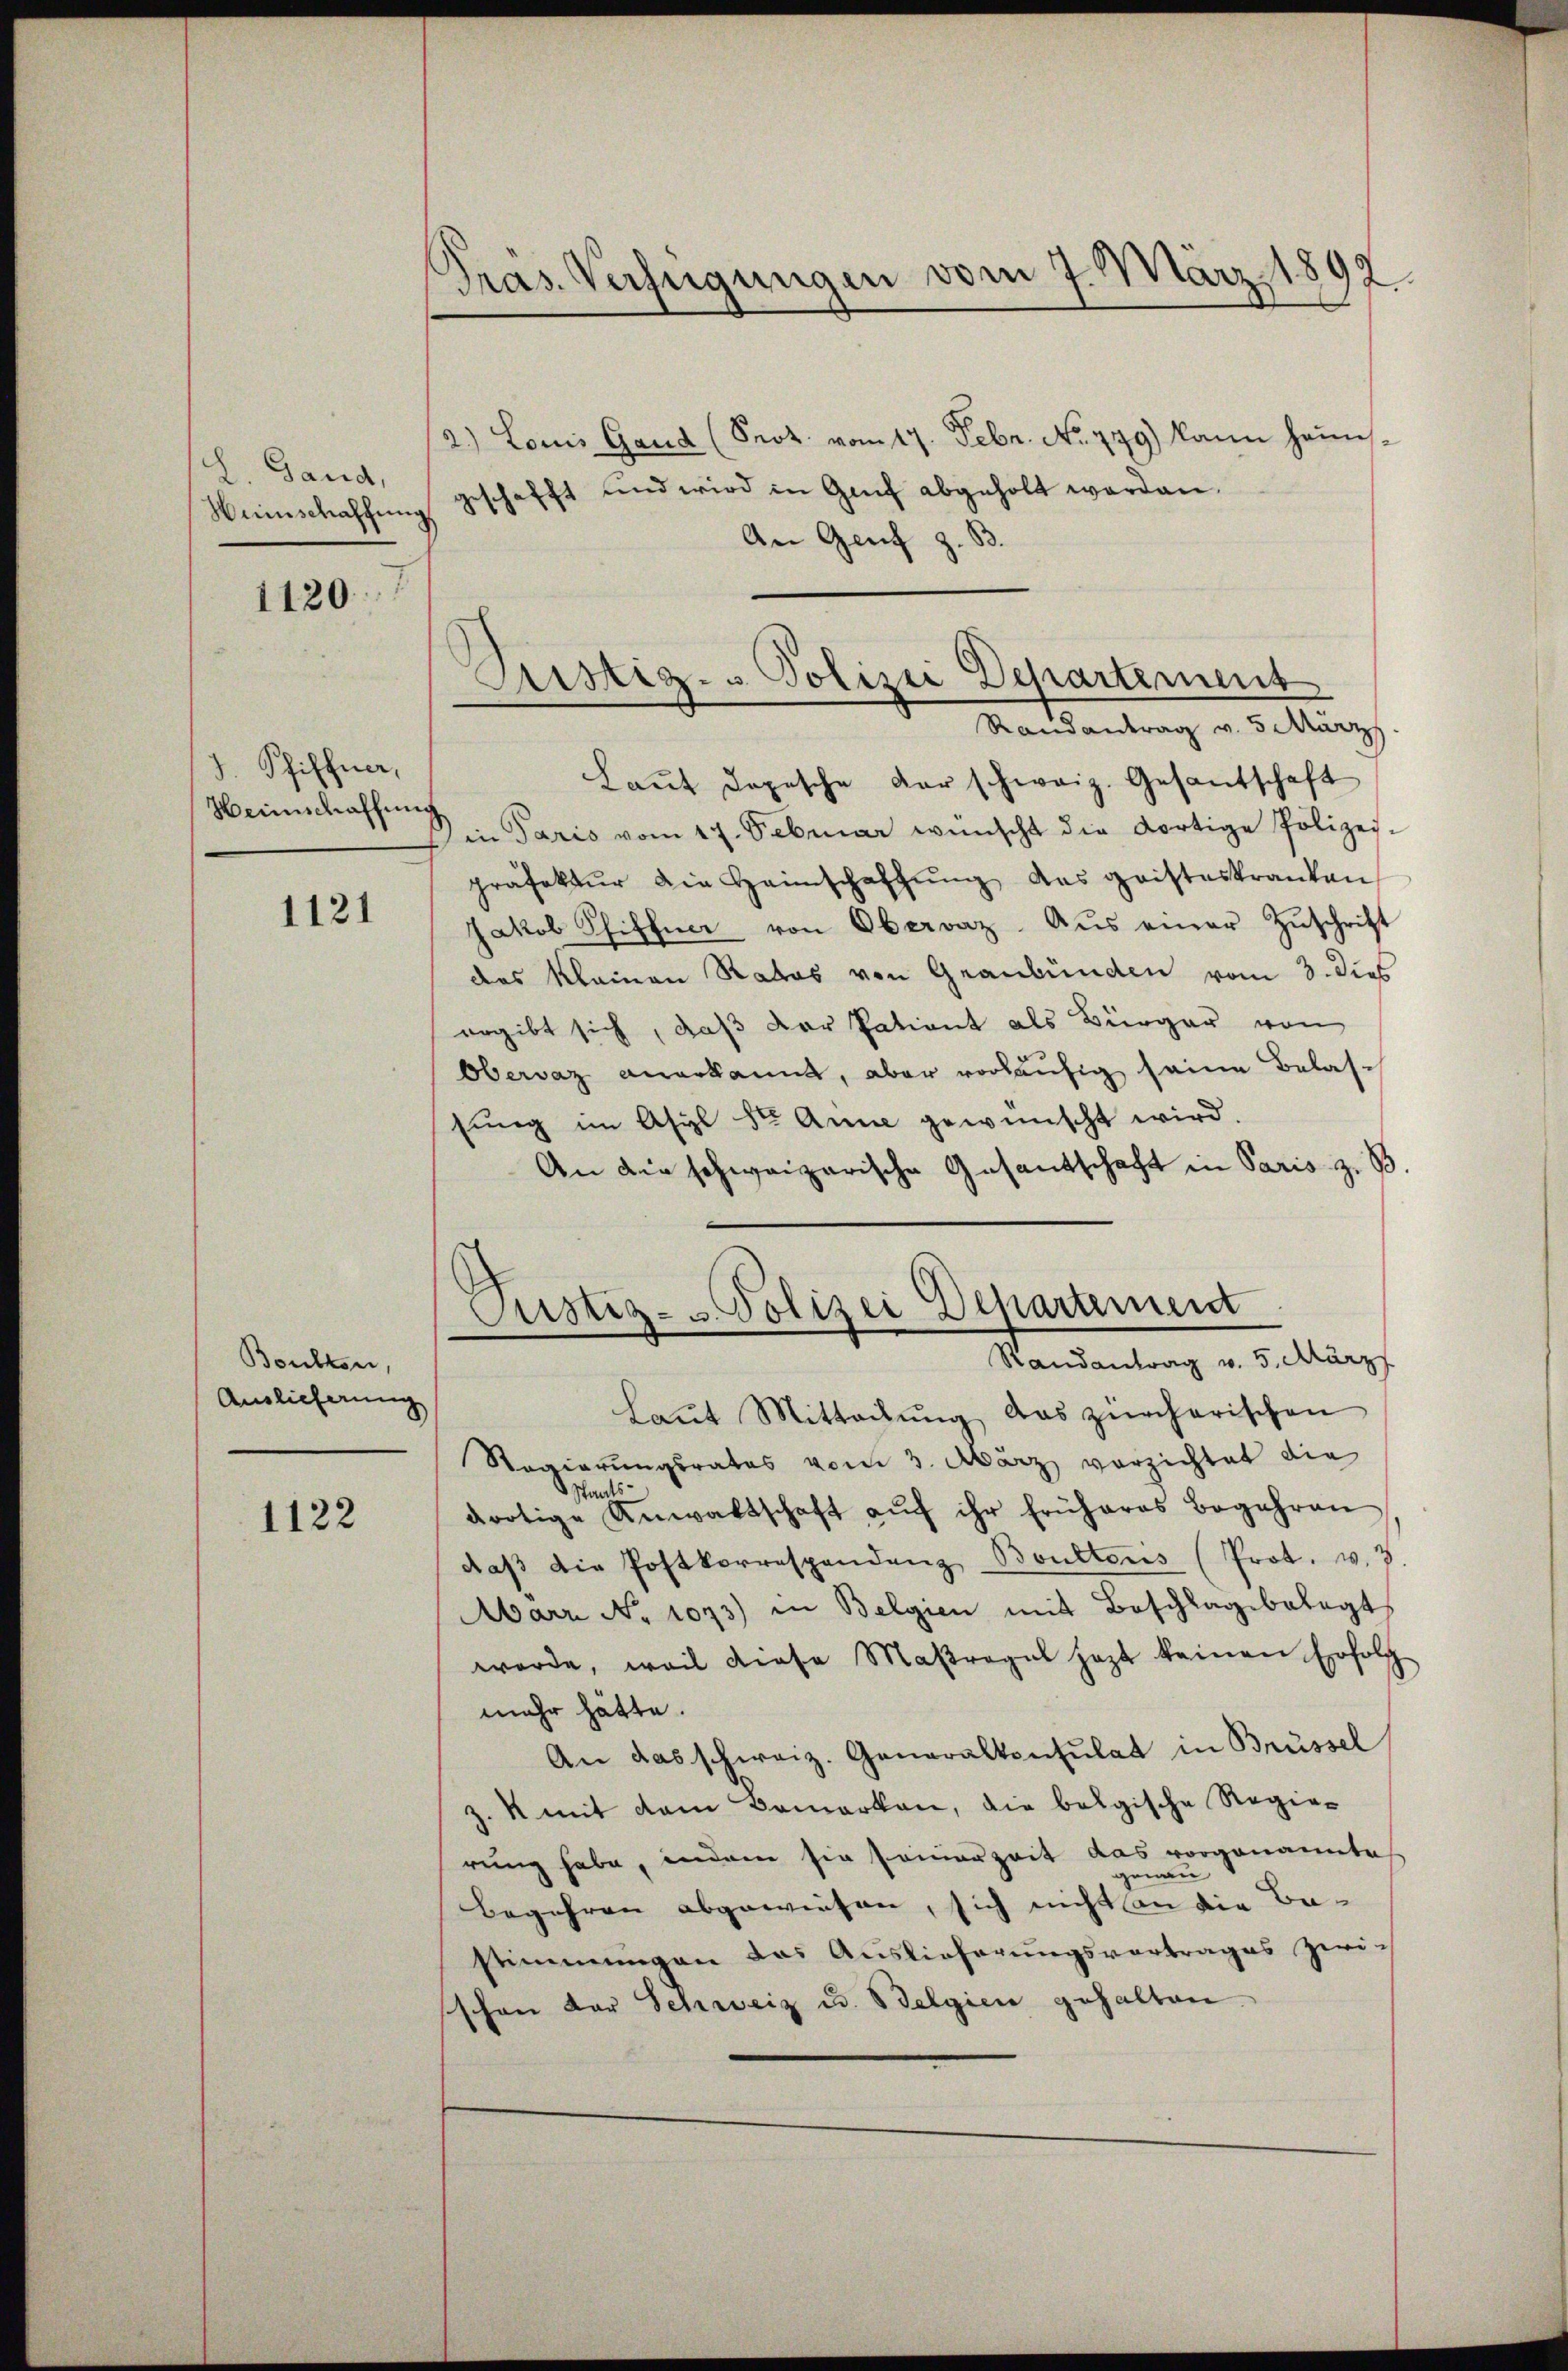
L. Gand,
Heinschaffen

1120.

J. Pfiffner,
Weinschaffung

1121

Boulten
Auslieferung

1122

Präs. Verfügungen vom 7. März 1892

2.) Louis Gand (Seot vom 17. Febr. No. 779) kann heim-
geschafft und wird in Genf abgeholt worden.
An Genf z. B.
Laŭt dopesche der schweiz. Gesantschaft
in Paris vom 17. Februar wünscht die dortige Polizei-
präfektŭr die Heimschaffŭng das geisteskranken
Jakob Pfiffner von Obervaz Aus einer Zuschrift
das klainen Rates von Graubünden vom 3. dies
ergibt sich, daß der Patient als Bürger von
Obervaz anerkannt, aber vorläufig seine Belassing im Asyl Dr. Anne gewünscht wird.
An die schweizerische Gesandschaft in Paris z. B
Custiz- u. Polizei Departement
Randantrag v. 5. März
Laŭt Mitteilŭng das zürcherischen
Regierungsrates vom 3. März vorzichtet die
Staats
dortige Anwaltschaft aŭf ihr früheres Begehren
daβ die Postkorrespendenz Boultons (Prot. v. 3
Marr No 1073) in Belgien mit Beschlagsbelegt
werde, weil diese Maßregel jezt keinen Erfolg
mehr hätte.
An das schweiz. Generalkonsulat in Brüssel
z. k mit dem Bemerken, die belgische Regierung habe, indem sie sonierzeit das vorgenannte
genan
Begehren abgewiesen, sich nicht an die Ba-
stimmungen das Auslieferungsvortrages zwi-
schon der Schweiz u. Belgien gehalten.

Aristiz- & Polizei Departement
Randantrag v. 5. März